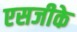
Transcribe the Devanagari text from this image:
एसजीके